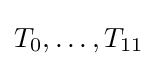
T_{0},\ldots ,T_{11}